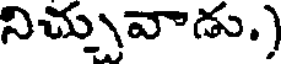
నిచ్చువాడు.)